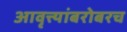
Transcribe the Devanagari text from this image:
आवृत्त्यांबरोबरच